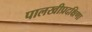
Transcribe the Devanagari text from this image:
पालखीप्रदक्षिणा